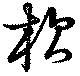
杴